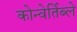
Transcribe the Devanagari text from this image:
कोन्वेर्तिब्ले